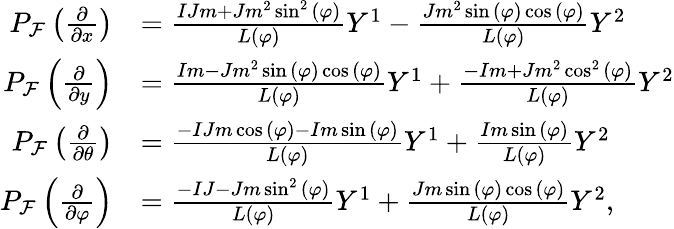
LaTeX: \begin{array}{rl}{P_{\mathcal{F}}\left(\frac{\partial}{\partial x}\right)}&{=\frac{IJm+Jm^{2}\sin^{2}{\left(\varphi\right)}}{L(\varphi)}Y^{1}-\frac{Jm^{2}\sin{\left(\varphi\right)}\cos{\left(\varphi\right)}}{L(\varphi)}Y^{2}}\\ {P_{\mathcal{F}}\left(\frac{\partial}{\partial y}\right)}&{=\frac{Im-Jm^{2}\sin{\left(\varphi\right)}\cos{\left(\varphi\right)}}{L(\varphi)}Y^{1}+\frac{-Im+Jm^{2}\cos^{2}{\left(\varphi\right)}}{L(\varphi)}Y^{2}}\\ {P_{\mathcal{F}}\left(\frac{\partial}{\partial\theta}\right)}&{=\frac{-IJm\cos{\left(\varphi\right)}-Im\sin{\left(\varphi\right)}}{L(\varphi)}Y^{1}+\frac{Im\sin{\left(\varphi\right)}}{L(\varphi)}Y^{2}}\\ {P_{\mathcal{F}}\left(\frac{\partial}{\partial\varphi}\right)}&{=\frac{-IJ-Jm\sin^{2}{\left(\varphi\right)}}{L(\varphi)}Y^{1}+\frac{Jm\sin{\left(\varphi\right)}\cos{\left(\varphi\right)}}{L(\varphi)}Y^{2},}\end{array}